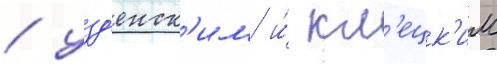
/ узд'енск'им и́ кл'ецк'им